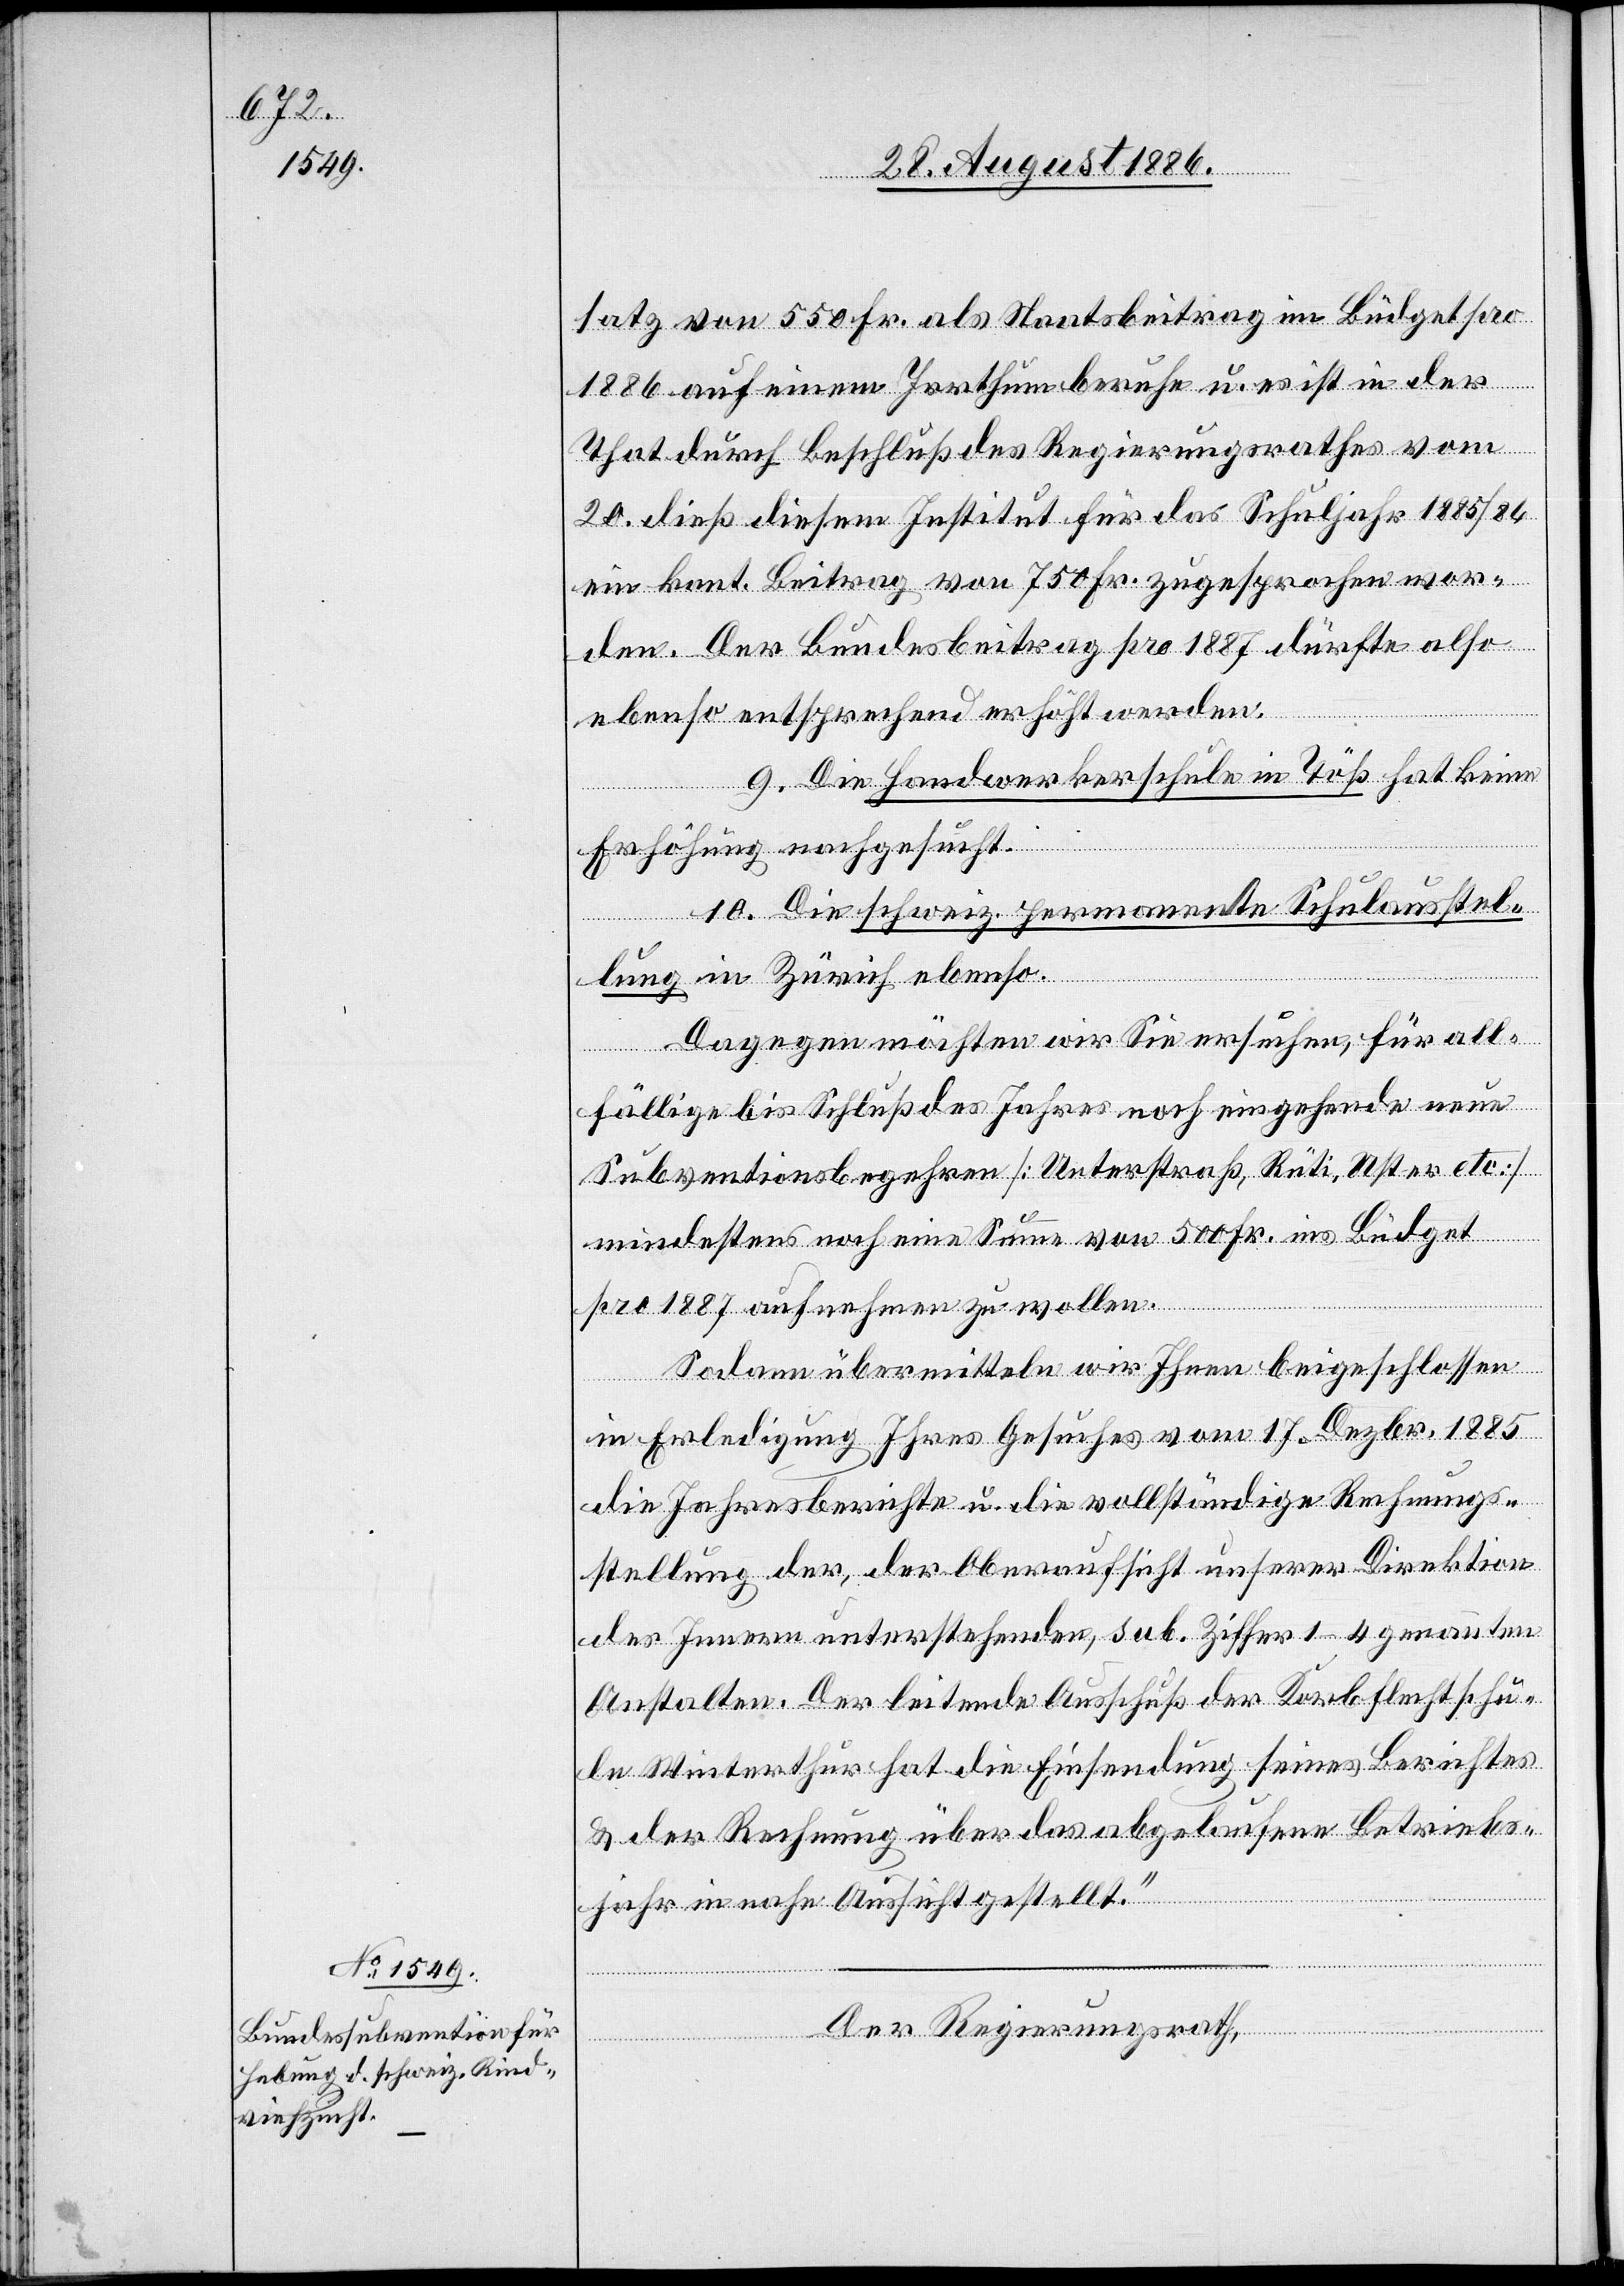
satz von 550 Fr. als Staatsbeitrag im Büdget pro
1886 auf einem Irrthum beruhe u. es ist in der
That durch Beschluß des Regierungsrathes vom
20. dieß diesem Institut für das Schuljahr 1885/6
ein kant. Beitrag von 750 Fr. zugesprochen wor¬
den. Der Bundesbeitrag pro 1887 dürfte also
ebenso entsprechend erhöht werden.
9. Die Handwerkerschule in Töß hat keine
Erhöhung nachgesucht.
10. Die schweiz. permanente Schulausstel¬
lung in Zürich ebenso.
Dagegen möchten wir Sie ersuchen, für all¬
fällige bis Schluß des Jahres noch eingehende neue
Subventionsbegehren [Unterstraß, Rüti, Uster etc.]
mindestens noch eine Summe von 500 Fr. ins Büdget
pro 1887 aufnehmen zu wollen.
Sodann übermitteln wir Ihnen beigeschlossen
in Erledigung Ihres Gesuches vom 17. Dezbr. 1885
die Jahresberichte u. die vollständige Rechnungs¬
stellung der, der Oberaufsicht unserer Direktion
des Innern unterstehenden, sub. Ziffer 1–4 genannten
Anstalten. Der leitende Ausschuß der Korbflechtschu¬
le Winterthur hat die Einsendung seines Berichtes
& der Rechnung über das abgelaufene Betriebs¬
jahr in nahe Aussicht gestellt.“
Der Regierungsrath,